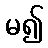
မ၍